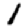
Digit: 1